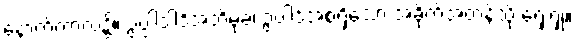
နောက်ကာလ၌။ ဥပ္ပါဒါဒိအဘိမုခံ၊ ဥပါဒ်အစရှိသော အခိုက်အတန့်သို့ ရှေးရှု။